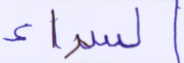
السراء